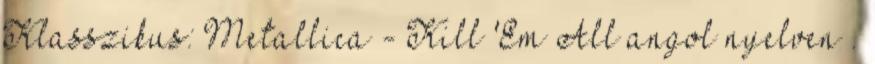
Klasszikus: Metallica - Kill 'Em All angol nyelven .